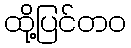
ထို့ပြင်တဝ